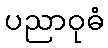
ပညာဝုဓံ